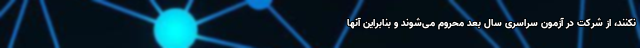
نکنند، از شرکت در آزمون سراسری سال بعد محروم می‌شوند و بنابراین آنها